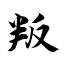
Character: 叛